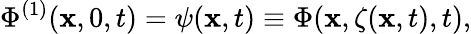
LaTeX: \Phi^{(1)}(\mathbf{x},0,t)=\psi(\mathbf{x},t)\equiv\Phi(\mathbf{x},\zeta(\mathbf{x},t),t),